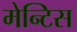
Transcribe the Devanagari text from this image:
मेन्टिस